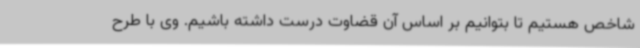
شاخص هستیم تا بتوانیم بر اساس آن قضاوت درست داشته باشیم. وی با طرح